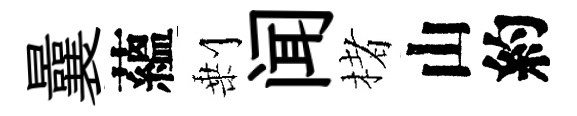
曩蘊剰闻楮山約